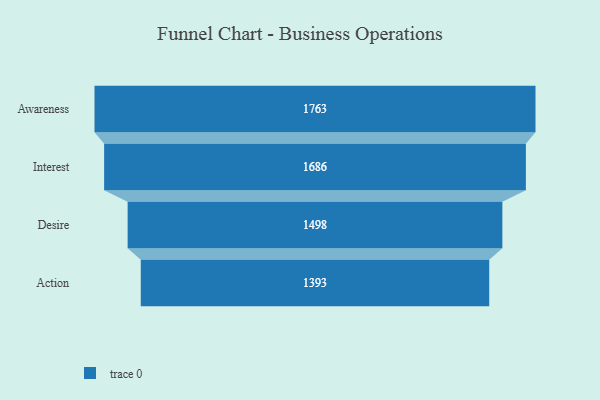
{"axis": {"x": "Stage", "y": "Value"}, "legend": [""], "data": [{"x": "Awareness", "y": 1763.0, "type": ""}, {"x": "Interest", "y": 1686.0, "type": ""}, {"x": "Desire", "y": 1498.0, "type": ""}, {"x": "Action", "y": 1393.0, "type": ""}]}